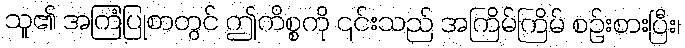
သူ၏ အကြံပြုစာတွင် ဤကိစ္စကို ၎င်းသည် အကြိမ်ကြိမ် စဉ်းစားပြီး၊